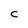
Character: C